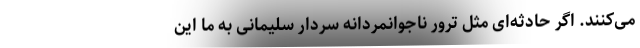
می‌کنند. اگر حادثه‌ای مثل ترور ناجوانمردانه سردار سلیمانی به ما این